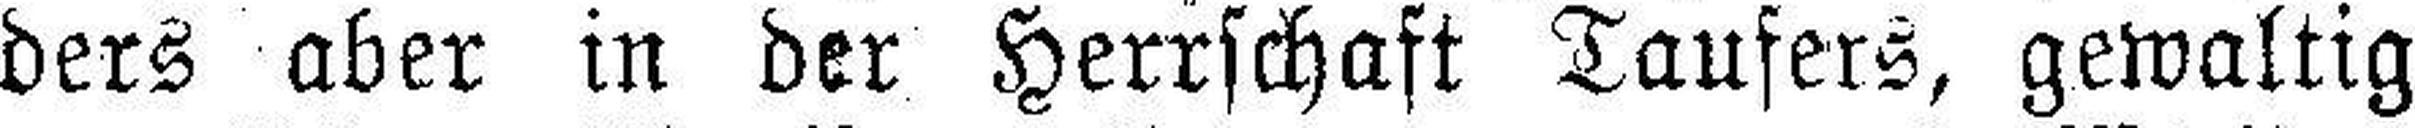
ders aber in der Herrschaft Taufers, gewaltig